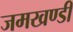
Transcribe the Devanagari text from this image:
जमखण्डी